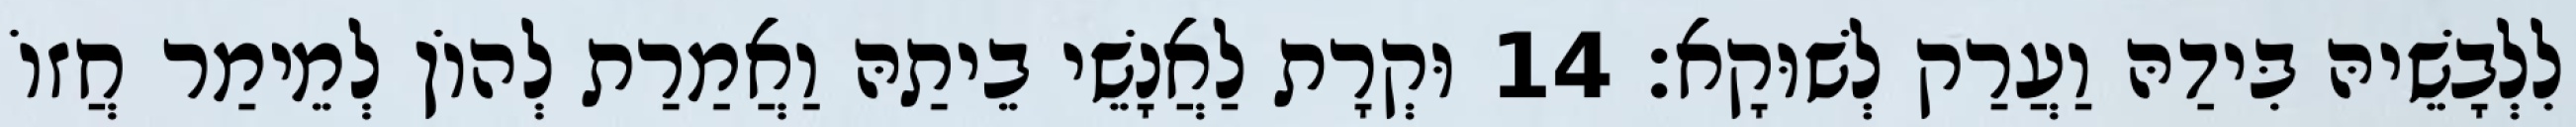
לִלְבָשֵׁיהּ בִּידַהּ וַעֲרַק לְשׁוּקָא׃ 14 וּקְרָת לַאֲנָשֵׁי בֵיתַהּ וַאֲמַרַת לְהוֹן לְמֵימַר חֲזוֹ